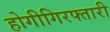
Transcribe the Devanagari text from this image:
होगीगिरफ्तारी